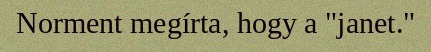
Norment megírta, hogy a "janet."